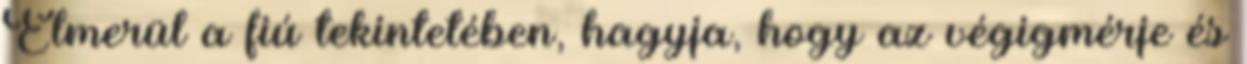
Elmerül a fiú tekintetében, hagyja, hogy az végigmérje és